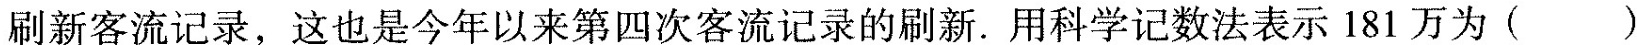
刷新客流记录，这也是今年以来第四次客流记录的刷新。用科学记数法表示181万为( )。